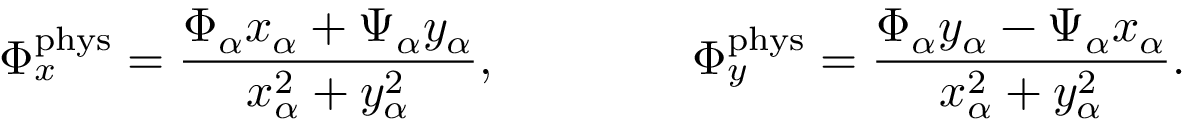
\Phi _ { x } ^ { \mathrm { p h y s } } = \frac { \Phi _ { \alpha } x _ { \alpha } + \Psi _ { \alpha } y _ { \alpha } } { x _ { \alpha } ^ { 2 } + y _ { \alpha } ^ { 2 } } , \qquad \qquad \Phi _ { y } ^ { \mathrm { p h y s } } = \frac { \Phi _ { \alpha } y _ { \alpha } - \Psi _ { \alpha } x _ { \alpha } } { x _ { \alpha } ^ { 2 } + y _ { \alpha } ^ { 2 } } .